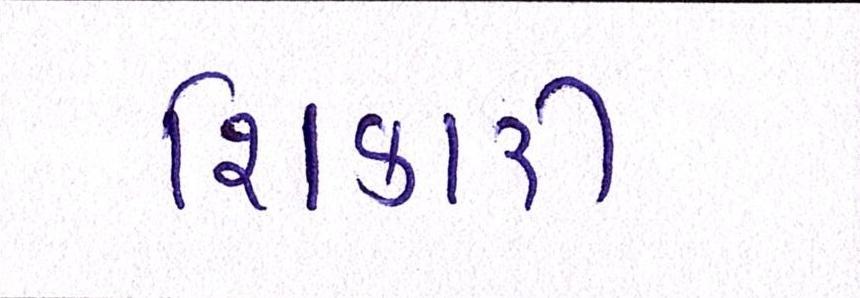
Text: શિકારી